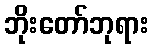
ဘိုးတော်ဘုရား